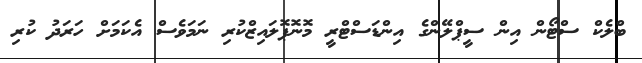
ބްލެކް ސްޓޯން އިން ސީޕްލޭންގެ އިންޑަސްޓްރީ މޮނޮޕޮލައިޒްކުރި ނަމަވެސް އެކަމަށް ހަރަދު ކުރި